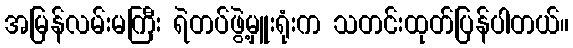
အမြန်လမ်းမကြီး ရဲတပ်ဖွဲ့မှူးရုံးက သတင်းထုတ်ပြန်ပါတယ်။